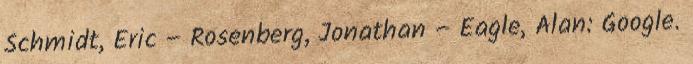
Schmidt, Eric – Rosenberg, Jonathan – Eagle, Alan: Google.